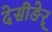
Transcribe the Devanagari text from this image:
देसीङेर्